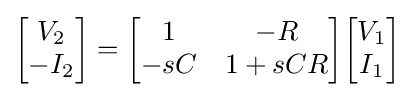
{\begin{bmatrix}V_{2}\\-I_{2}\end{bmatrix}}={\begin{bmatrix}1&-R\\-sC&1+sCR\end{bmatrix}}{\begin{bmatrix}V_{1}\\I_{1}\end{bmatrix}}